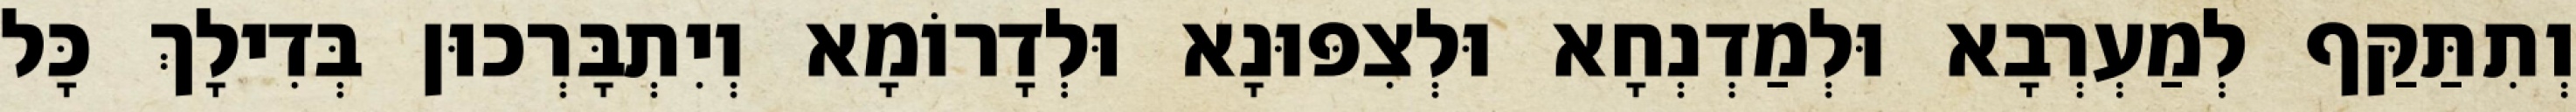
וְתִתַּקַּף לְמַעְרְבָא וּלְמַדְנְחָא וּלְצִפּוּנָא וּלְדָרוֹמָא וְיִתְבָּרְכוּן בְּדִילָךְ כָּל